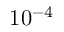
1 0 ^ { - 4 }